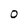
Character: 0